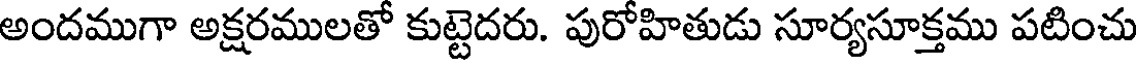
అందముగా అక్షరములతో కుట్టెదరు. పురోహితుడు సూర్యసూక్తము పటించు